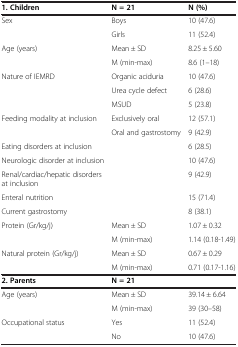
<table><thead><tr><td><b>1. Children</b></td><td><b>N = 21</b></td><td><b>N (%)</b></td></tr></thead><tbody><tr><td rowspan="2">Sex</td><td>Boys</td><td>10 (47.6)</td></tr><tr><td>Girls</td><td>11 (52.4)</td></tr><tr><td rowspan="2">Age (years)</td><td>Mean ± SD</td><td>8.25 ± 5.60</td></tr><tr><td>M (min-max)</td><td>8.6 (1–18)</td></tr><tr><td rowspan="3">Nature of IEMRD</td><td>Organic aciduria</td><td>10 (47.6)</td></tr><tr><td>Urea cycle defect</td><td>6 (28.6)</td></tr><tr><td>MSUD</td><td>5 (23.8)</td></tr><tr><td rowspan="2">Feeding modality at inclusion</td><td>Exclusively oral</td><td>12 (57.1)</td></tr><tr><td>Oral and gastrostomy</td><td>9 (42.9)</td></tr><tr><td>Eating disorders at inclusion</td><td> </td><td>6 (28.5)</td></tr><tr><td>Neurologic disorder at inclusion</td><td> </td><td>10 (47.6)</td></tr><tr><td>Renal/cardiac/hepatic disorders at inclusion</td><td> </td><td>9 (42.9)</td></tr><tr><td>Enteral nutrition</td><td> </td><td>15 (71.4)</td></tr><tr><td>Current gastrostomy</td><td> </td><td>8 (38.1)</td></tr><tr><td rowspan="2">Protein (Gr/kg/j)</td><td>Mean ± SD</td><td>1.07 ± 0.32</td></tr><tr><td>M (min-max)</td><td>1.14 (0.18-1.49)</td></tr><tr><td>Natural protein (Gr/kg/j)</td><td>Mean ± SD</td><td>0.67 ± 0.29</td></tr><tr><td> </td><td>M (min-max)</td><td>0.71 (0.17-1.16)</td></tr><tr><td><b>2. Parents</b></td><td><b>N = 21</b></td><td> </td></tr><tr><td rowspan="2">Age (years)</td><td>Mean ± SD</td><td>39.14 ± 6.64</td></tr><tr><td>M (min-max)</td><td>39 (30–58)</td></tr><tr><td>Occupational status</td><td>Yes</td><td>11 (52.4)</td></tr><tr><td> </td><td>No</td><td>10 (47.6)</td></tr></tbody></table>